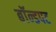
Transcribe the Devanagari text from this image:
बॉन्डपट